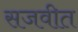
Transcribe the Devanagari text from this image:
सजवीत